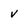
Character: v